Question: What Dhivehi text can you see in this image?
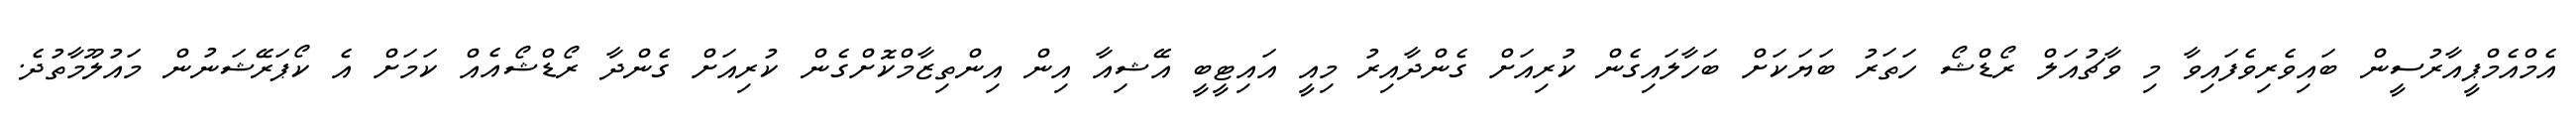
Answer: އެމްއެމްޕީއާރުސީން ބައިވެރިވެފައިވާ މި ވާޗުއަލް ރޯޑްޝޯ ހަތަރު ބަޔަކަށް ބަހާލައިގެން ކުރިއަށް ގެންދާއިރު މިއީ އައިޓީބީ އޭޝިއާ އިން އިންތިޒާމްކޮށްގެން ކުރިއަށް ގެންދާ ރޯޑްޝޯއެއް ކަމަށް އެ ކޯޕަރޭޝަނުން މައުލޫމާތުދެ.